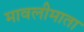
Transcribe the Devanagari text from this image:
मावलीमाता